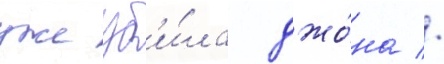
уже уб'и́ла джо́на //